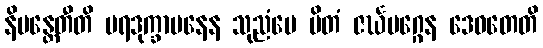
နိမန္တေတီတိ ပရဒုက္ခာပနေန သုညံပေ မိတံ ဇင်္ဃမဂ္ဂေန ဒေဝတေတိ